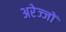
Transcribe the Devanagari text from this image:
अरेज्जों